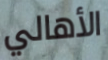
الأهالي